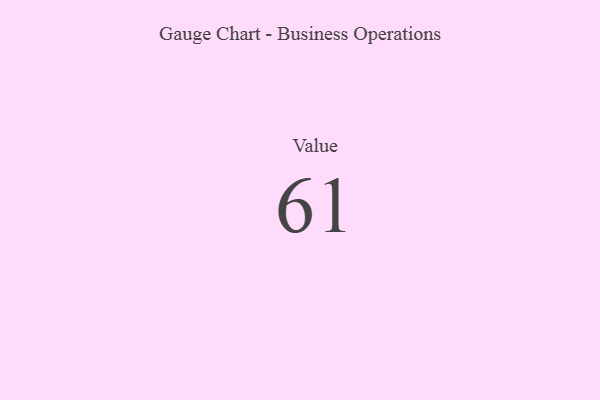
{"axis": {"x": "Metric", "y": "Value"}, "legend": [""], "data": [{"x": "Value", "y": 61, "type": ""}]}